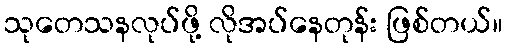
သုတေသနလုပ်ဖို့ လိုအပ်နေတုန်း ဖြစ်တယ်။